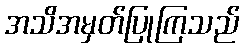
အသိအမှတ်ပြုကြသည်